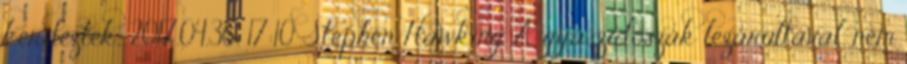
kérdeztek,. 2017.04.30. 17:10 Stephen Hawking A gyászidőszak lezárultával, nem